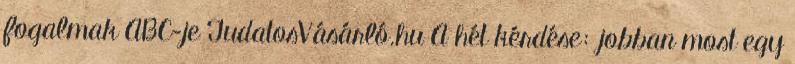
fogalmak ABC-je TudatosVásárló.hu A hét kérdése: jobban most egy